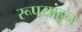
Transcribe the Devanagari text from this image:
रूपयांहून